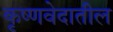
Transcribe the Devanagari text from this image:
कृष्णवेदातील